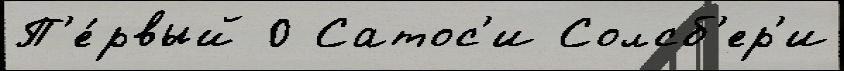
П'е́рвый 0 Сатос'и Солсб'ер'и